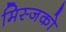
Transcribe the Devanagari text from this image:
मिस्जको